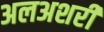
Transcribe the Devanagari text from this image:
अलअशरी